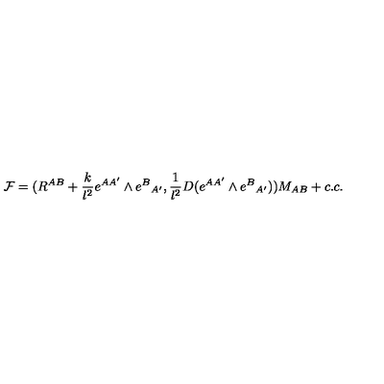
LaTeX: { \cal F } = ( R ^ { A B } + { \frac { k } { l ^ { 2 } } } e ^ { A A ^ { \prime } } \wedge e ^ { B } { } _ { A ^ { \prime } } , { \frac { 1 } { l ^ { 2 } } } D ( e ^ { A A ^ { \prime } } \wedge e ^ { B } { } _ { A ^ { \prime } } ) ) M _ { A B } + c . c .